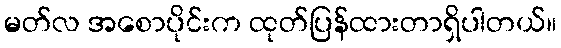
မတ်လ အစောပိုင်းက ထုတ်ပြန်ထားတာရှိပါတယ်။